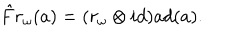
\hat { F } r _ { \omega } ( a ) = ( r _ { \omega } \otimes i d ) a d ( a ) .